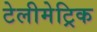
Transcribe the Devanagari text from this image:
टेलीमेट्रिक